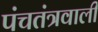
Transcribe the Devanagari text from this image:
पंचतंत्रवाली